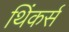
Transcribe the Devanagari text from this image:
थिंकर्स